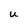
Character: U